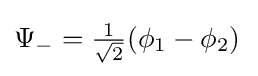
{\textstyle \Psi _{-}={\frac {1}{\sqrt {2}}}(\phi _{1}-\phi _{2})\,}